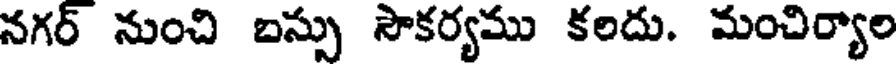
నగర్ నుంచి బస్సు సౌకర్యము కలదు. మంచిర్యాల